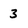
Character: 3